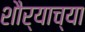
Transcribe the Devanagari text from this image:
शौर्याच्या